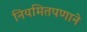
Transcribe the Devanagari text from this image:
नियमितपणाने